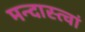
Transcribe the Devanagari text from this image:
मन्दास्त्वां